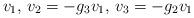
LaTeX: \begin{align*} v_1,\,v_2=-g_3v_1,\,v_3=-g_2v_1 \end{align*}